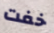
خفت